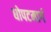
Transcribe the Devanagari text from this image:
धोपटमार्ग